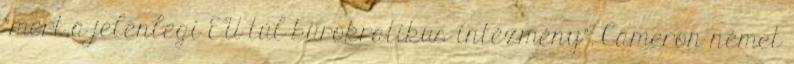
"mert a jelenlegi EU túl bürokratikus intézmény". Cameron német